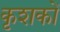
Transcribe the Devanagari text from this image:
कृशकों